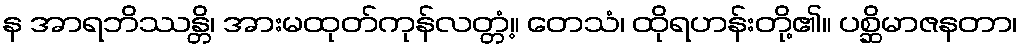
န အာရဘိဿန္တိ၊ အားမထုတ်ကုန်လတ္တံ့။ တေသံ၊ ထိုရဟန်းတို့၏။ ပစ္ဆိမာဇနတာ၊